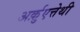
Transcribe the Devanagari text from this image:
अर्क़ुएत्तेथी